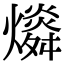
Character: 𤐪